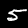
Digit: 5